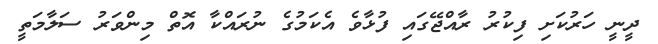
ދީނީ ހަރުކަށި ފިކުރު ރާއްޖޭގައި ފުޅާވެ އެކަމުގެ ނުރައްކާ އޮތް މިންވަރު ސަލާމަތީ